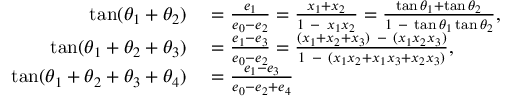
\begin{array} { r l } { \tan ( \theta _ { 1 } + \theta _ { 2 } ) } & { { } = { \frac { e _ { 1 } } { e _ { 0 } - e _ { 2 } } } = { \frac { x _ { 1 } + x _ { 2 } } { 1 \ - \ x _ { 1 } x _ { 2 } } } = { \frac { \tan \theta _ { 1 } + \tan \theta _ { 2 } } { 1 \ - \ \tan \theta _ { 1 } \tan \theta _ { 2 } } } , } \\ { \tan ( \theta _ { 1 } + \theta _ { 2 } + \theta _ { 3 } ) } & { { } = { \frac { e _ { 1 } - e _ { 3 } } { e _ { 0 } - e _ { 2 } } } = { \frac { ( x _ { 1 } + x _ { 2 } + x _ { 3 } ) \ - \ ( x _ { 1 } x _ { 2 } x _ { 3 } ) } { 1 \ - \ ( x _ { 1 } x _ { 2 } + x _ { 1 } x _ { 3 } + x _ { 2 } x _ { 3 } ) } } , } \\ { \tan ( \theta _ { 1 } + \theta _ { 2 } + \theta _ { 3 } + \theta _ { 4 } ) } & { { } = { \frac { e _ { 1 } - e _ { 3 } } { e _ { 0 } - e _ { 2 } + e _ { 4 } } } } \end{array}